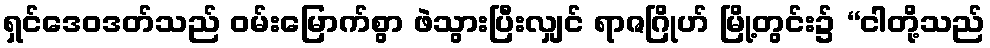
ရှင်ဒေဝဒတ်သည် ဝမ်းမြောက်စွာ ဖဲသွားပြီးလျှင် ရာဇဂြိုဟ် မြို့တွင်း၌ “ငါတို့သည်